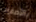
بالأصفاد